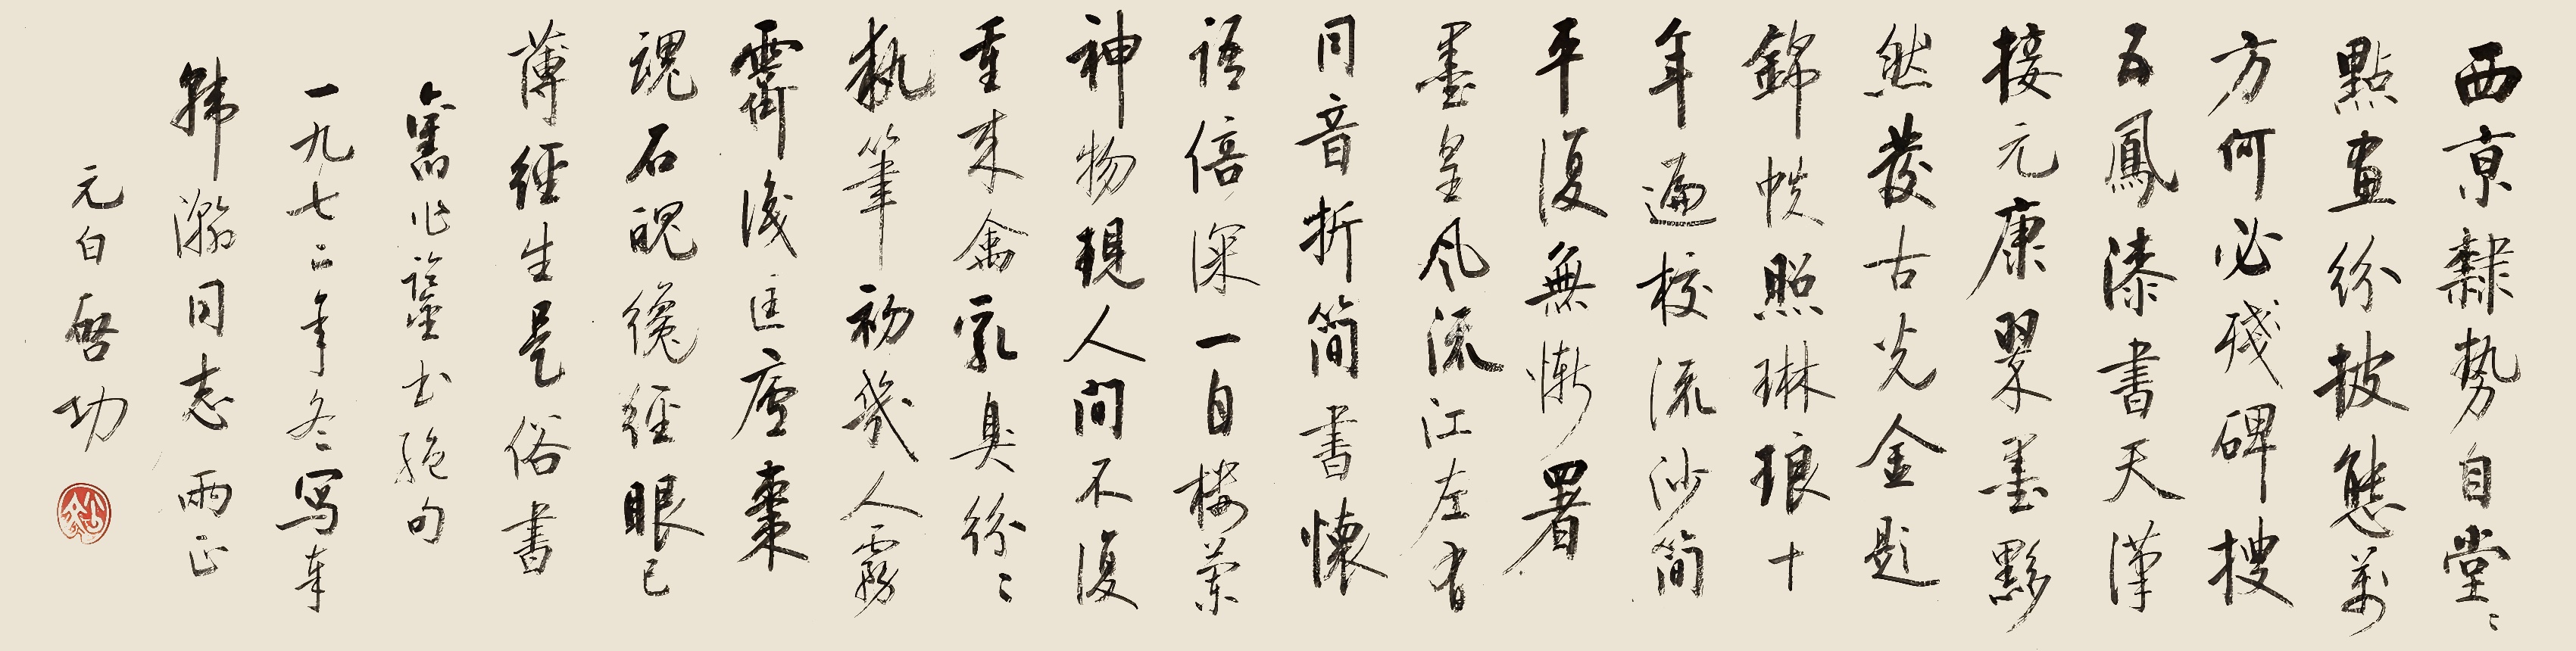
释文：西京隶势自堂堂，点画纷披态万方。何必残碑搜五凤，漆书天汉接元康。翠墨黟然发古光，金题锦帙照琳琅。十年遍校流沙简，平复无惭署墨皇。风流江左有同音，折简书怀语倍深。一自楼兰神物现，人间不复重来禽。乳臭纷纷执笔初，几人雾霁识匡庐。枣魂石魄才经眼，已薄经生是俗书。旧作鉴书绝句，一九七二年冬，写奉韩瀚同志两正，元白启功。韩瀚我兄教正，小弟启功呈稿。一九九一，五，十八。